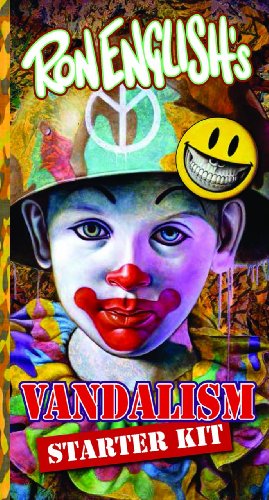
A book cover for Ron English's Vandalism Starter Kit; Ron English; Arts & Photography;